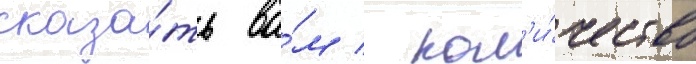
сказа́ть ва́м / кол'и́чество